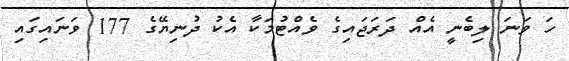
ހަ ވަނަ ލިބެނީ އެއް ދަރަޖައިގެ ވެއްޓުމަކާ އެކު ދުނިޔޭގެ 177 ވަނައިގައި